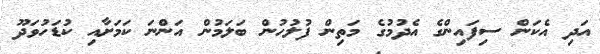
އަދި އެކަން ސިފައިންގެ އެދުމުގެ މަތިން ފުލުހުން ބަލަމުން އަންނަ ކަމަށާއި ކުޑަހުވަދޫ